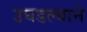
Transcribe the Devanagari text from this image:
उघडल्याने